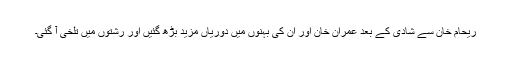
ریحام خان سے شادی کے بعد عمران خان اور ان کی بہنوں میں دوریاں مزید بڑھ گئیں اور رشتوں میں تلخی آ گئی۔